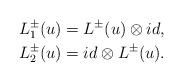
LaTeX: \begin{align*}L_{1}^{\pm}(u)&=L^{\pm}(u)\otimes id, \\L_{2}^{\pm}(u)&=id\otimes L^{\pm}(u).\end{align*}